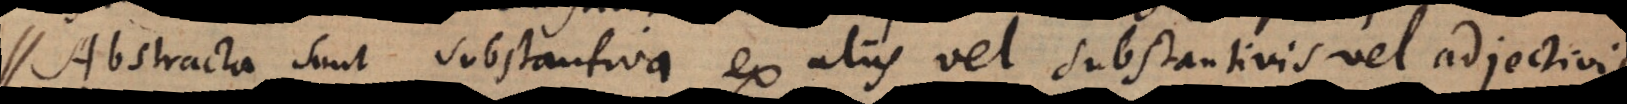
Abstracta sunt substantiva ex aliis vel substantivis vel adjectivis